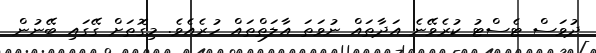
ދުވަސް ޓެސްޓު ކުރެވޭނެ އަދާތައް ނުވަތަ އާލަތްތައް ހުރެއެވެ. މިގޮތަށް ގޭގައި ބޭނުން